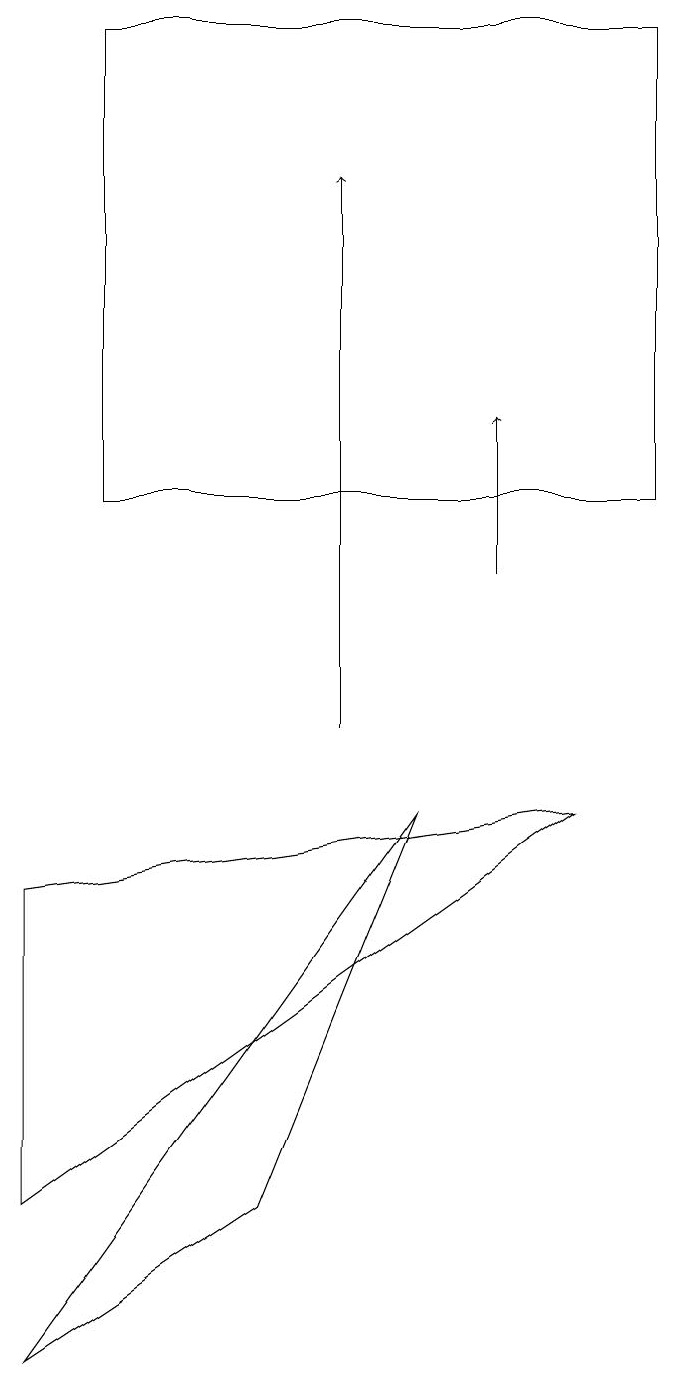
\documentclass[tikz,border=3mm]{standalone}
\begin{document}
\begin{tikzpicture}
\draw[->] (4,10) -- (4,17);
\draw[->] (6,12) -- (6,14);
\draw (0,8) -- (0,4) -- (7,9) -- cycle;
\draw (8,13) rectangle (1,19);
\draw (0,2) -- (3,4) -- (5,9) -- cycle;
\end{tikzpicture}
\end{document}